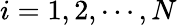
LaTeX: i=1,2,\cdots,N